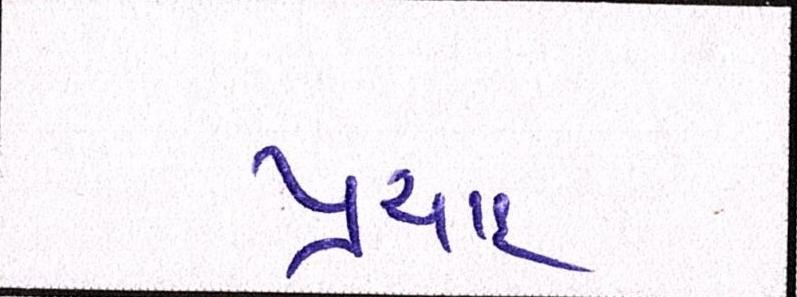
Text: પ્રસાદ